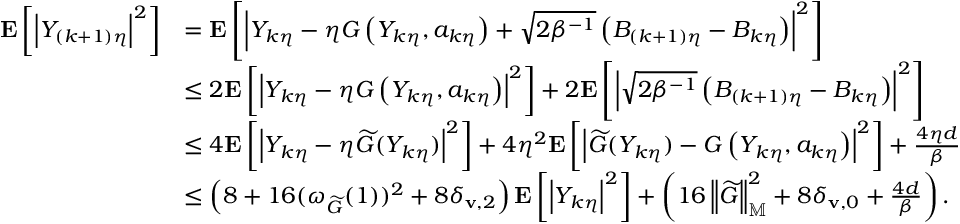
\begin{array} { r l } { \mathbf { E } \left[ \left| Y _ { ( k + 1 ) \eta } \right| ^ { 2 } \right] } & { = \mathbf { E } \left[ \left| Y _ { k \eta } - \eta { G } \left( Y _ { k \eta } , a _ { k \eta } \right) + \sqrt { 2 \beta ^ { - 1 } } \left( B _ { ( k + 1 ) \eta } - B _ { k \eta } \right) \right| ^ { 2 } \right] } \\ & { \le 2 \mathbf { E } \left[ \left| Y _ { k \eta } - \eta { G } \left( Y _ { k \eta } , a _ { k \eta } \right) \right| ^ { 2 } \right] + 2 \mathbf { E } \left[ \left| \sqrt { 2 \beta ^ { - 1 } } \left( B _ { ( k + 1 ) \eta } - B _ { k \eta } \right) \right| ^ { 2 } \right] } \\ & { \le 4 \mathbf { E } \left[ \left| Y _ { k \eta } - \eta \widetilde { G } ( Y _ { k \eta } ) \right| ^ { 2 } \right] + 4 \eta ^ { 2 } \mathbf { E } \left[ \left| \widetilde { G } ( Y _ { k \eta } ) - { G } \left( Y _ { k \eta } , a _ { k \eta } \right) \right| ^ { 2 } \right] + \frac { 4 \eta d } { \beta } } \\ & { \le \left( 8 + 1 6 ( \omega _ { \widetilde { G } } ( 1 ) ) ^ { 2 } + 8 \delta _ { \mathbf { v } , 2 } \right) \mathbf { E } \left[ \left| Y _ { k \eta } \right| ^ { 2 } \right] + \left( 1 6 \left\| \widetilde { G } \right\| _ { \mathbb { M } } ^ { 2 } + 8 \delta _ { \mathbf { v } , 0 } + \frac { 4 d } { \beta } \right) . } \end{array}